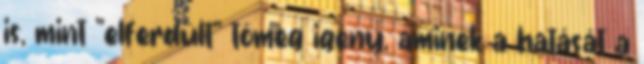
is, mint "elferdült" tömeg igény, aminek a hatását a